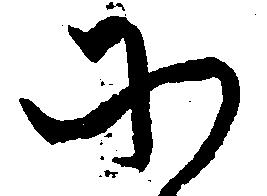
そ